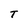
Character: T